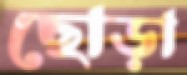
ছোড়া